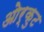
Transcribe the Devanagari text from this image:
ओर्कुट